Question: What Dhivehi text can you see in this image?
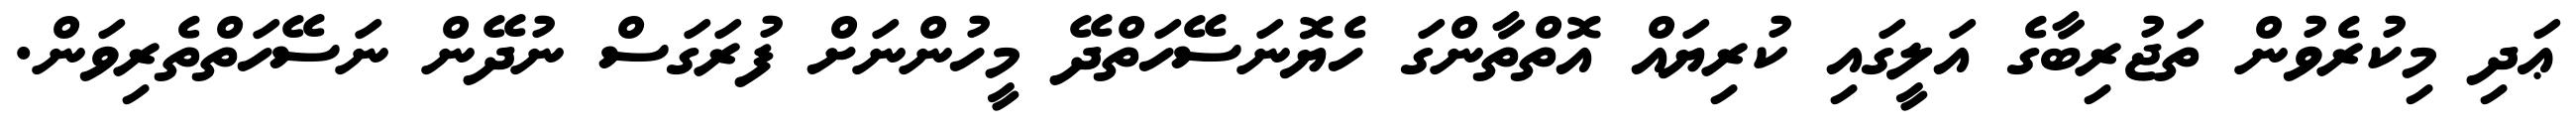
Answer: ޢަދި މިކުރެވުން ތަޖުރިބާގެ އަލީގައި ކުރިޔައް އޮތްތާންގަ ހެޔޮނަސޭހަތްދޭ މީހުންނަށް ފުރަގަސް ނުދޭން ނަސޭހަތްތެރިވަން.